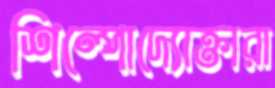
শিল্পোদ্যোক্তারা